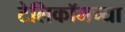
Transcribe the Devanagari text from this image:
टेलिकॉमच्या